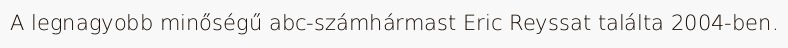
A legnagyobb minőségű abc-számhármast Eric Reyssat találta 2004-ben.